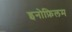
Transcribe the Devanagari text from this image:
इनोफ़िलम